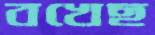
বখেছ